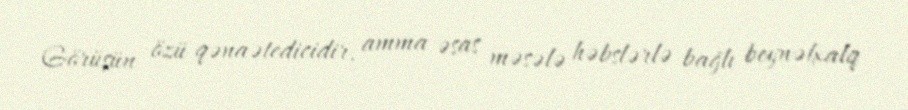
Görüşün özü qənaətedicidir, amma əsas məsələ həbslərlə bağlı beynəlxalq